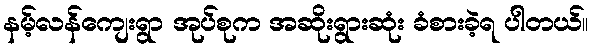
နမ့်လန်ကျေးရွာ အုပ်စုက အဆိုးရွားဆုံး ခံစားခဲ့ရ ပါတယ်။